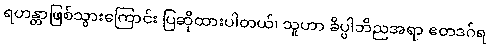
ရဟန္တာဖြစ်သွားကြောင်း ပြဆိုထားပါတယ်၊ သူဟာ ခိပ္ပါဘိညအရာ ဧတဒဂ်ရ